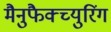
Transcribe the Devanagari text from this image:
मैनुफैक्च्युरिंग